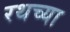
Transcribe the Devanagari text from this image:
रथच्या